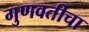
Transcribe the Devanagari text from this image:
गुणवतीचा